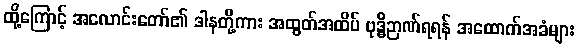
ထို့ကြောင့် အလောင်းတော်၏ ဒါနတို့ကား အထွတ်အထိပ် ဗုဒ္ဓိဉာဏ်ရရန် အထောက်အခံများ